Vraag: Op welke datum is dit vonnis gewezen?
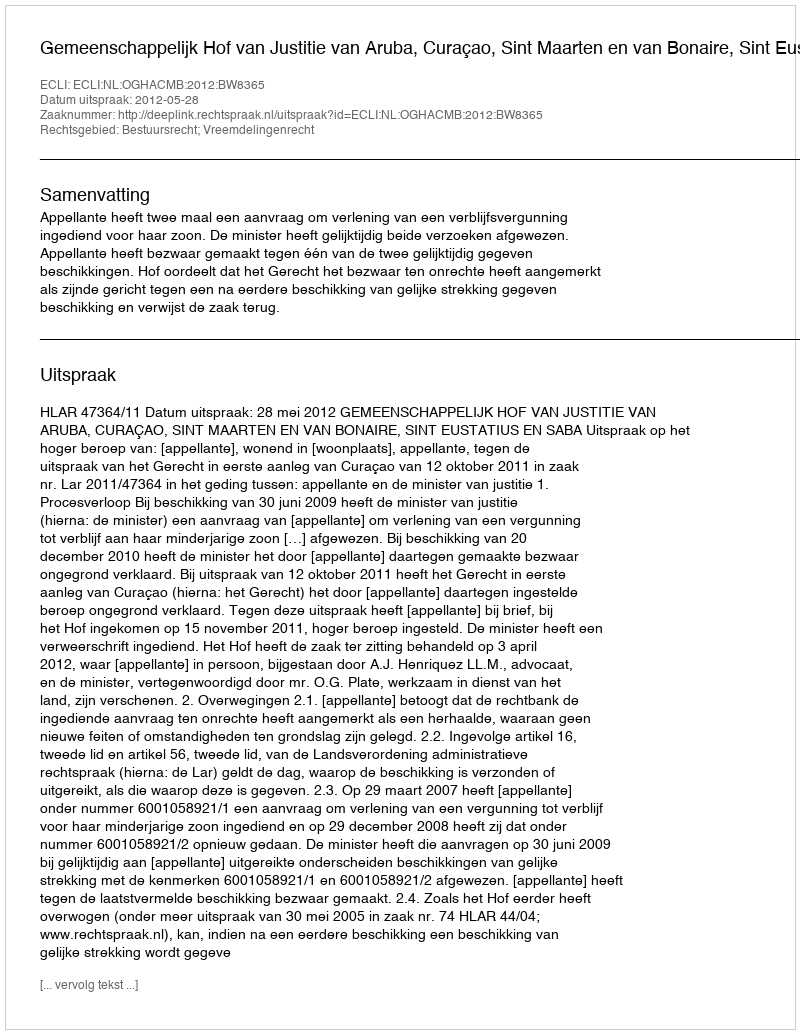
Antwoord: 2012-05-28